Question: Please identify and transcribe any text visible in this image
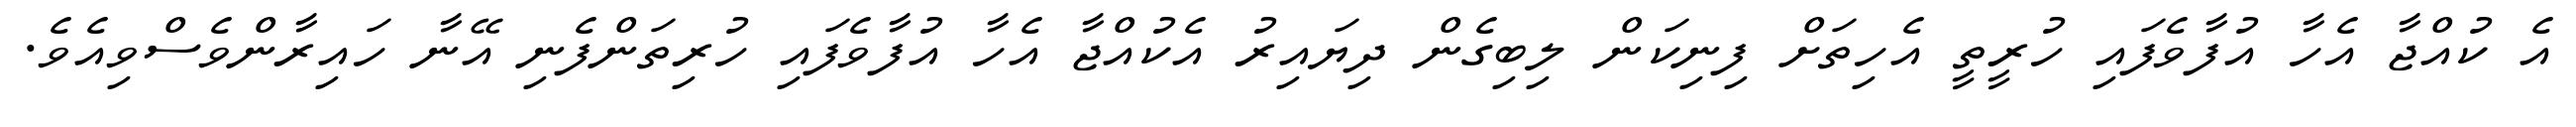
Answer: އެ ކުއްޖާ އެހާ އުފާވެފައި ހުރީތީ އެހިތަށް ފިނިކަން ލިބިގެން ދިޔައިރު އެކުއްޖާ އެހާ އުފާވެފައި ހުރިތަންފެނި އޭނާ ހައިރާންވެސްވިއެވެ.